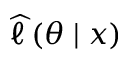
{ \widehat { \ell \, } } ( \theta \mid x )